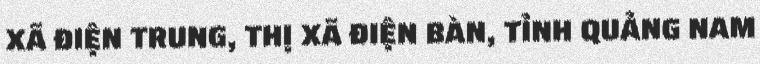
XÃ ĐIỆN TRUNG, THỊ XÃ ĐIỆN BÀN, TỈNH QUẢNG NAM